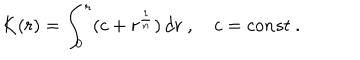
K ( r ) = \int _ { 0 } ^ { r } ( c + r ^ { \frac { 1 } { n } } ) \, d r \ , c = c o n s t \ .